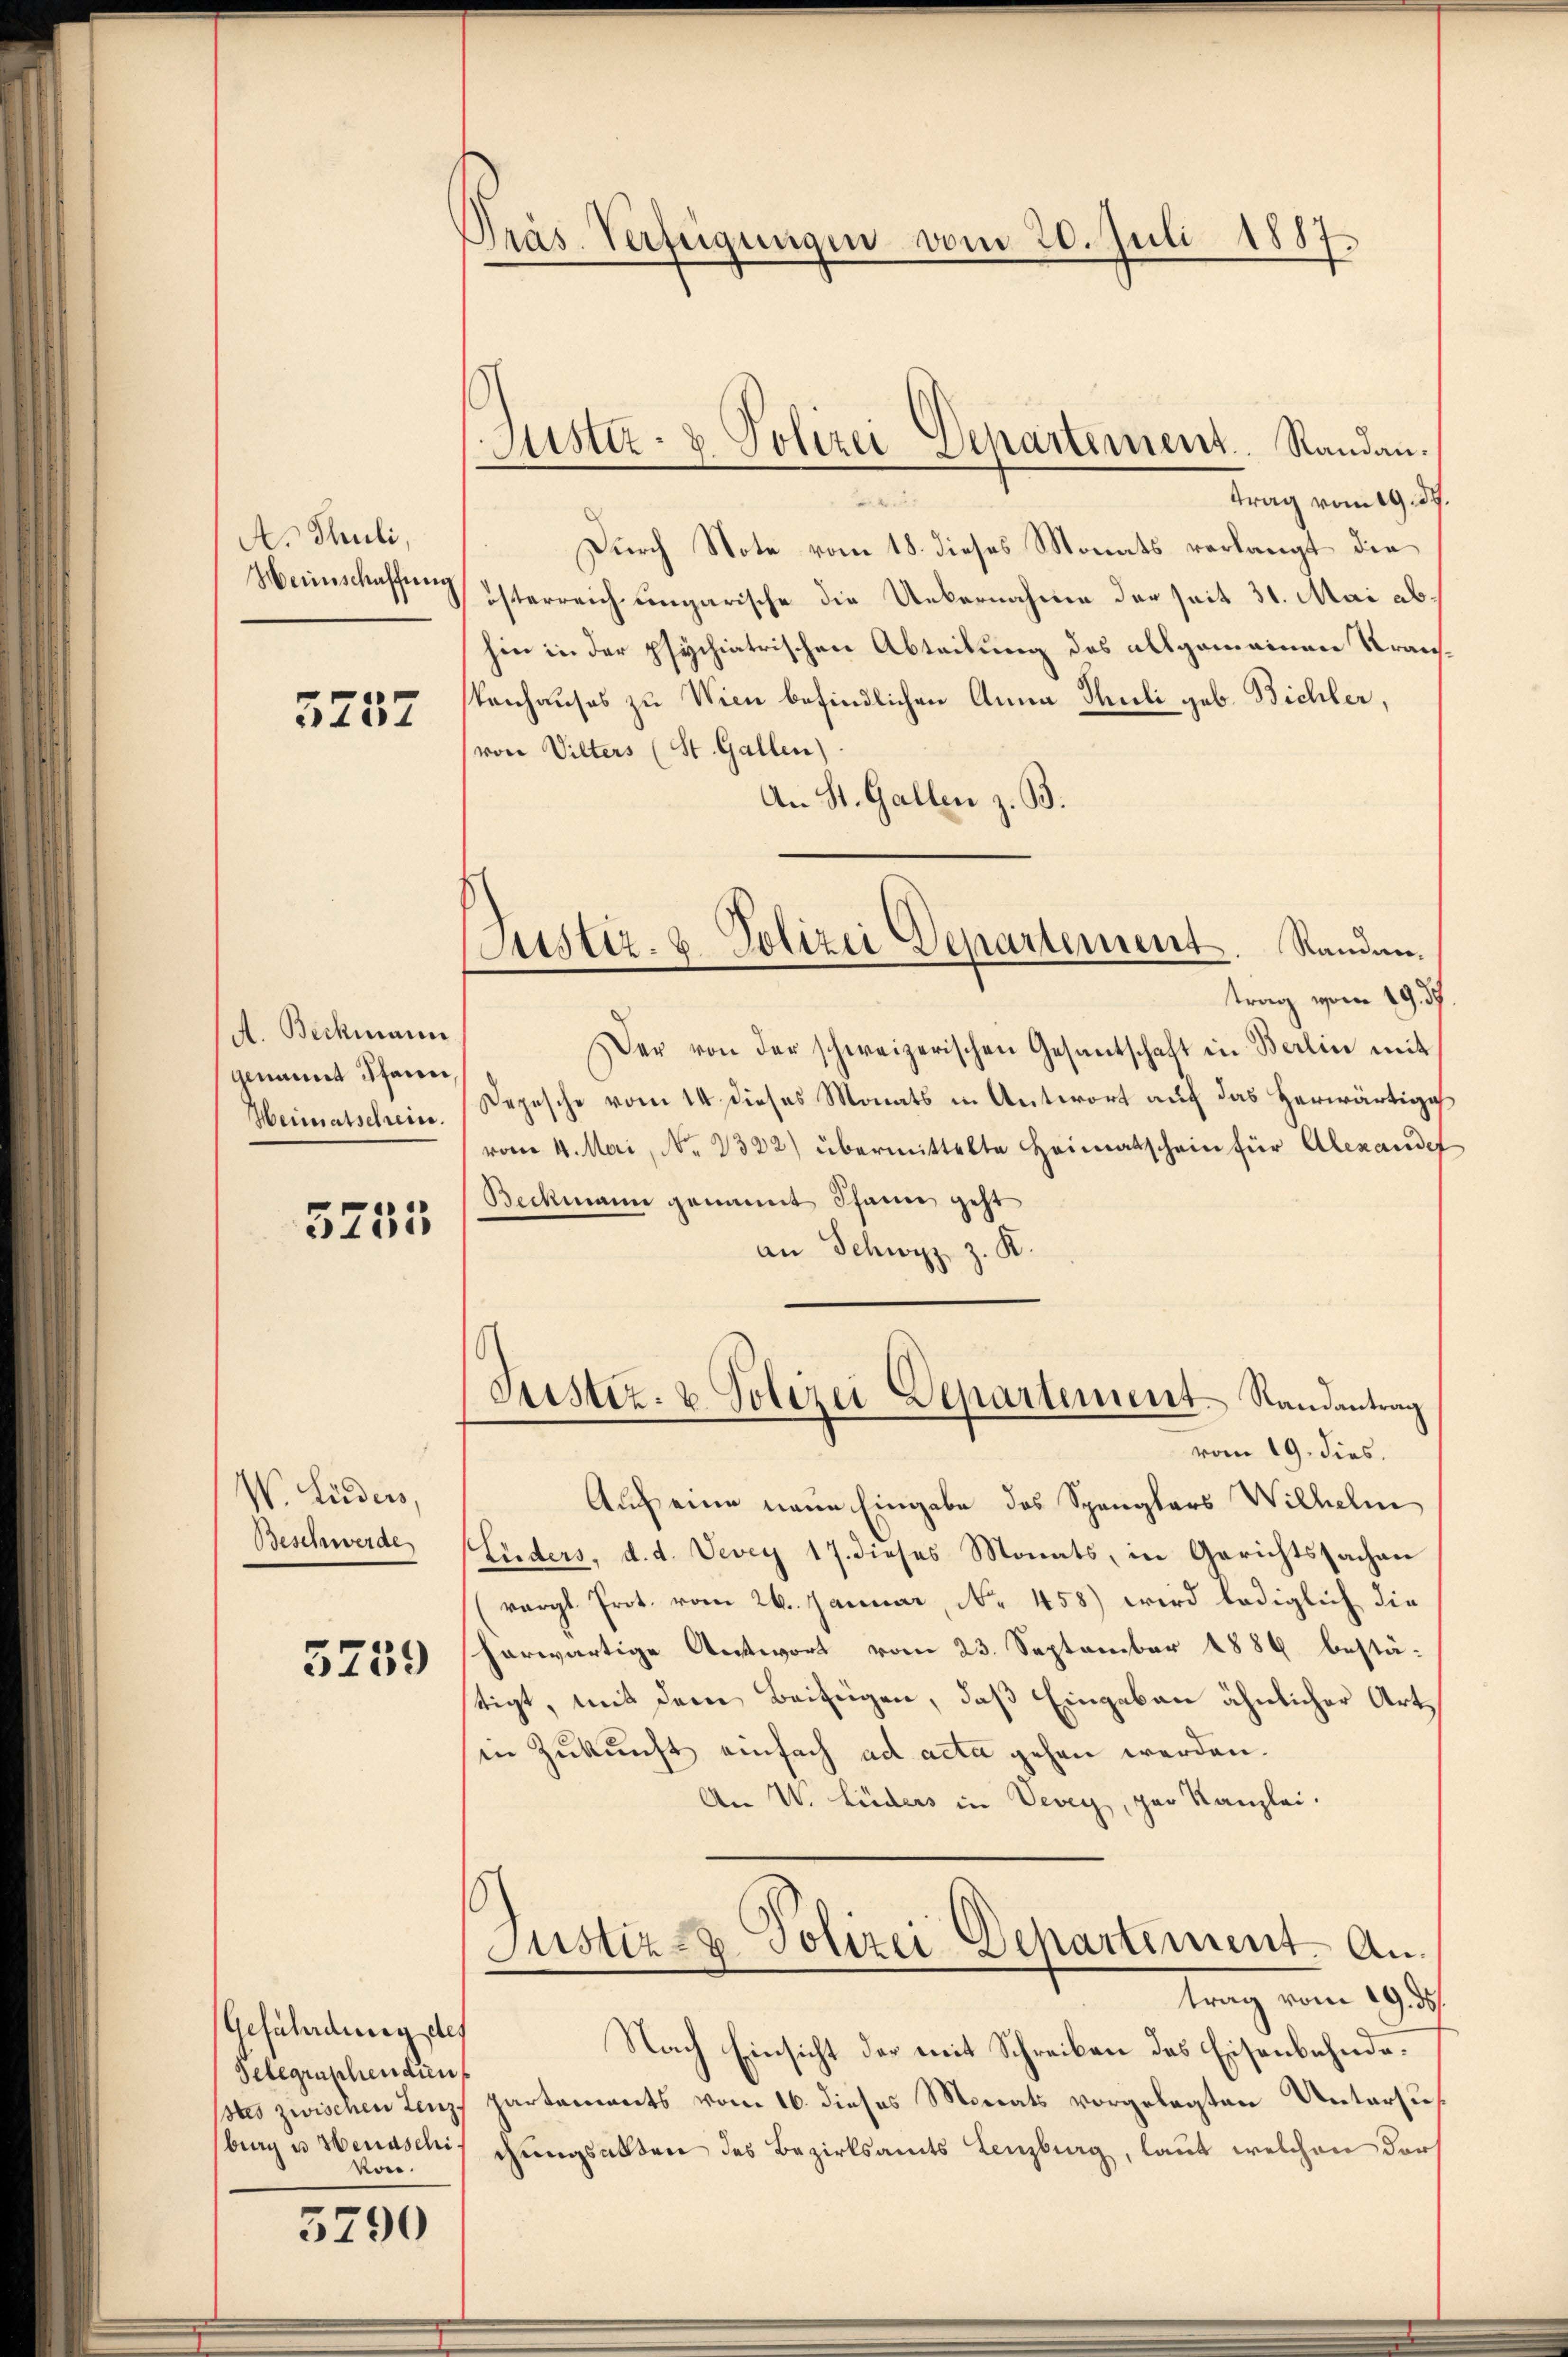
A. Thuli,
Weinschaffung

5237

A. Beckmann
genannt Pfanne,
Heimatschrein.

3255

W. Lüders,
Beschwerde

5259

Gefährdung des
Telegenschendun
von.

5790

Präs. Verfeigungen vom 20. Juli 1887.

Sistiz- & Polizei Departement. Randau.

Justiz. 8. Polizei Departement. Randen.

trag vom 19. d.
Durch Note vom 18. dieses Monats verlangt die
österreich ungarische die Uebernahme der seit 31. Mai abhin in der psychiatrischen Abteilung des allgemeinen Krantenhauses zu Wien befindlichen Anna Thuli geb. Bichler,
von Vilters (St. Gallen)
An St. Gallen z. B.
trag vom 19. d.
Der von der schweizerischen Gesantschaft in Berlin mit
Depesche vom 14 dieses Monats in Antwort auf das herwärtige
vom 4. Mai, No. 2322) übermittelte Heimatschein für Alexandet
Beckmann genannt Schann geht
an Schwyz z. K.
Justiz- & Polizei Departement. Randantrag
vom 19. dies.
Auch eine neue Eingabe des Spanglars Wilhelm
Luders, d. d. Vevey 17. dieses Monats, in Gerichtssachen
(vergl. Prot. vom 26. Januar, No 458) wird lediglich die
harwärtige Antwort vom 23. September 1886 bestä-
tigt, mit dem Beifügen, daß Eingaben ähnlicher Art,
in Zukunft einfach ad acta gehen werden.
An VV. Luders in Vevey, par Kanzlei.
s
Justiz & Polizei Departement. An
trag vom 19. ds.
Nach Einsicht der mit Schreiben des Eisenbahndestes zwischen Lenz, partements vom 16. dieses Monats vorgelegten Untersuburg u Menaschi, Rangsakten des Bezirksamts Lenzburg, laut welchen ders